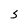
Character: S